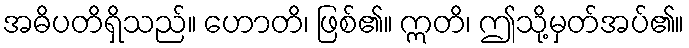
အဓိပတိရှိသည်။ ဟောတိ၊ ဖြစ်၏။ ဣတိ၊ ဤသို့မှတ်အပ်၏။